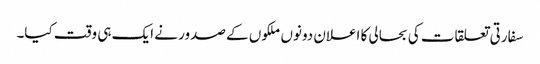
سفارتی تعلقات کی بحالی کا اعلان دونوں ملکوں کے صدور نے ایک ہی وقت کیا۔